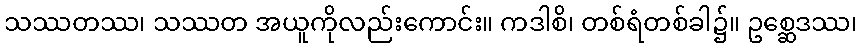
သဿတဿ၊ သဿတ အယူကိုလည်းကောင်း။ ကဒါစိ၊ တစ်ရံတစ်ခါ၌။ ဥစ္ဆေဒဿ၊